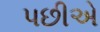
પછીએ